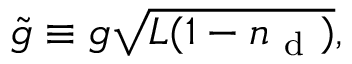
\tilde { g } \equiv g \sqrt { L ( 1 - n _ { \mathrm { ~ d ~ } } ) } ,